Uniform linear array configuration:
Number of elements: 32
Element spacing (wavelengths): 0.5
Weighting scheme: uniform
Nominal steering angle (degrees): -15
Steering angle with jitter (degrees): -14.324
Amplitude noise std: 0.05
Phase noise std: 0.05

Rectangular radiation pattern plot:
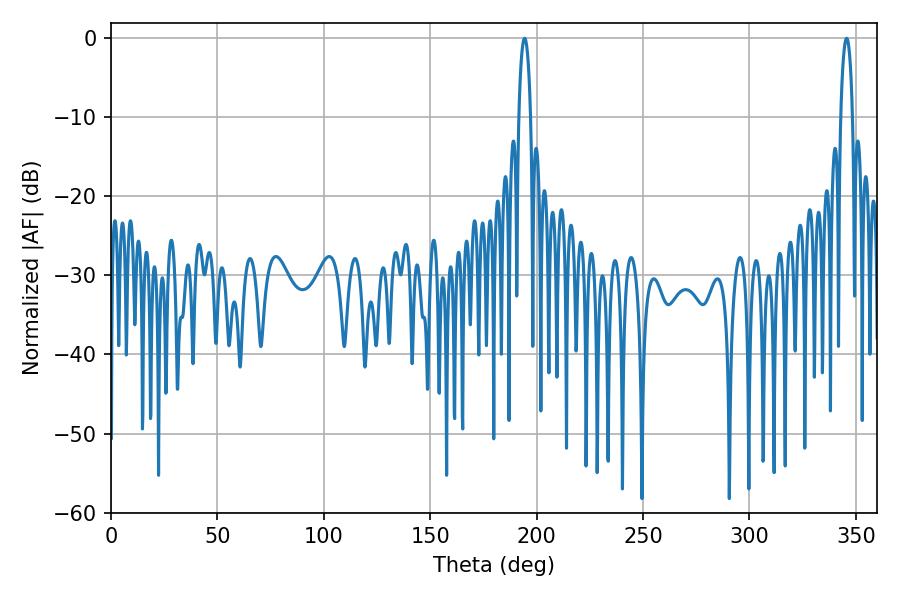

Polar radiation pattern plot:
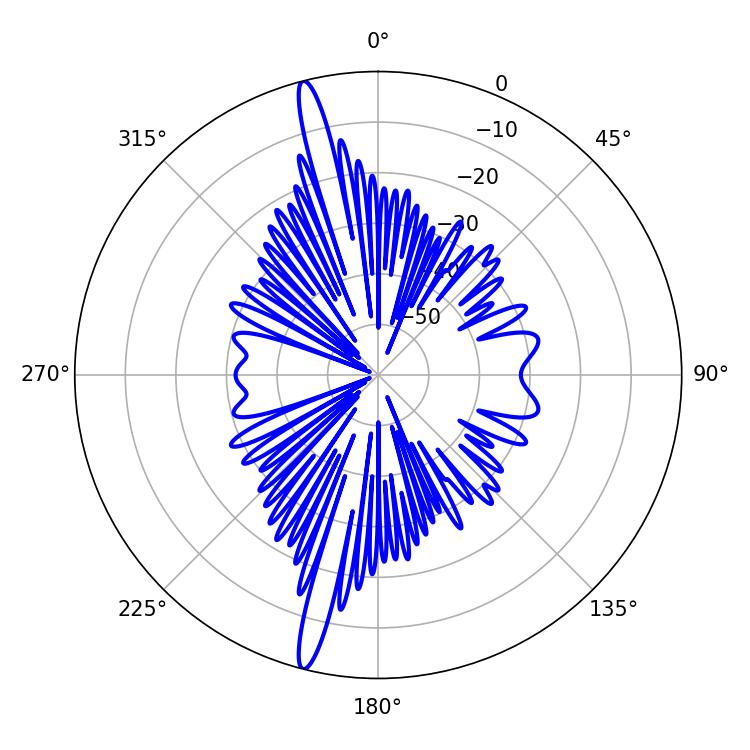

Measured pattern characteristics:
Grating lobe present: FALSE
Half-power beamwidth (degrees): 3.06
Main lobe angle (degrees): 345.6